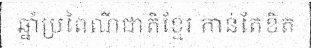
ឆ្នាំប្រពៃណីជាតិខ្មែរ កាន់តែខិត